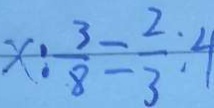
x : \frac { 3 } { 8 } = \frac { 2 } { 3 } : 4